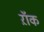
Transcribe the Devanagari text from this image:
ऱॉक